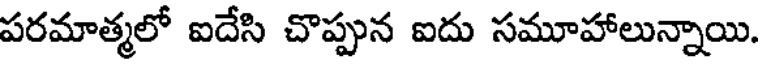
పరమాత్మలో ఐదేసి చొప్పున ఐదు సమూహాలున్నాయి.